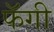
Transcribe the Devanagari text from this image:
फॅगी